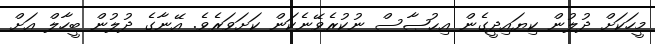
މީހަކަށް ދުލުން ކިޔައިދީގެން އިޙުޞާސް ނުކުރެވޭނެކަން ކަށަވަރެވެ. އޭނާގެ ދުލުން ބީހާލް އަށް